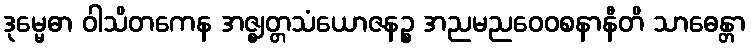
ဒုမ္မေဓာ ဝါသိတကေန အဇ္ဈတ္တသံယောဇနဉ္စ အညမညဝေဝစနာနီတိ သာဓေန္တာ